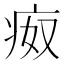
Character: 𰣪